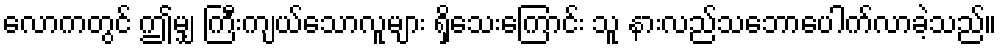
လောကတွင် ဤမျှ ကြီးကျယ်သောလူများ ရှိသေးကြောင်း သူ နားလည်သဘောပေါက်လာခဲ့သည်။